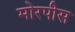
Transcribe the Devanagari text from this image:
मोरपीस